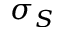
\sigma _ { S }